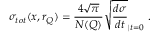
\sigma _ { t o t } ( x , r _ { Q } ) = \frac { 4 \sqrt { \pi } } { N ( Q ) } \sqrt { \frac { d \sigma } { d t } } _ { | t = 0 } \ .